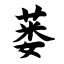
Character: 蒌